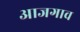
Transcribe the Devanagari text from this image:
आजगाव